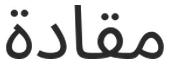
مقادة